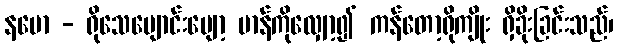
နမော - ရိုသေပျောင်းပျော့ မာန်ကိုလျှော့၍ ကန်တော့ရိုကျိုး ရှိခိုးခြင်းသည်၊